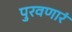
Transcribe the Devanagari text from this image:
पुरवणारं